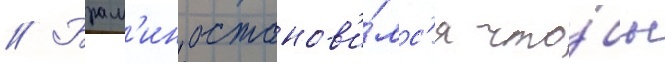
// Брам'ин останов'и́лс'я что́бы